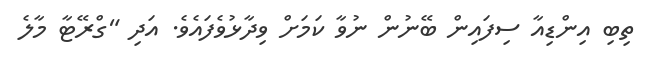
ތިބި އިންޑިއާ ސިފައިން ބޭނުން ނުވާ ކަމަށް ވިދާޅުވެފައެވެ. އަދި "ގްރޭޓާ މާލެ